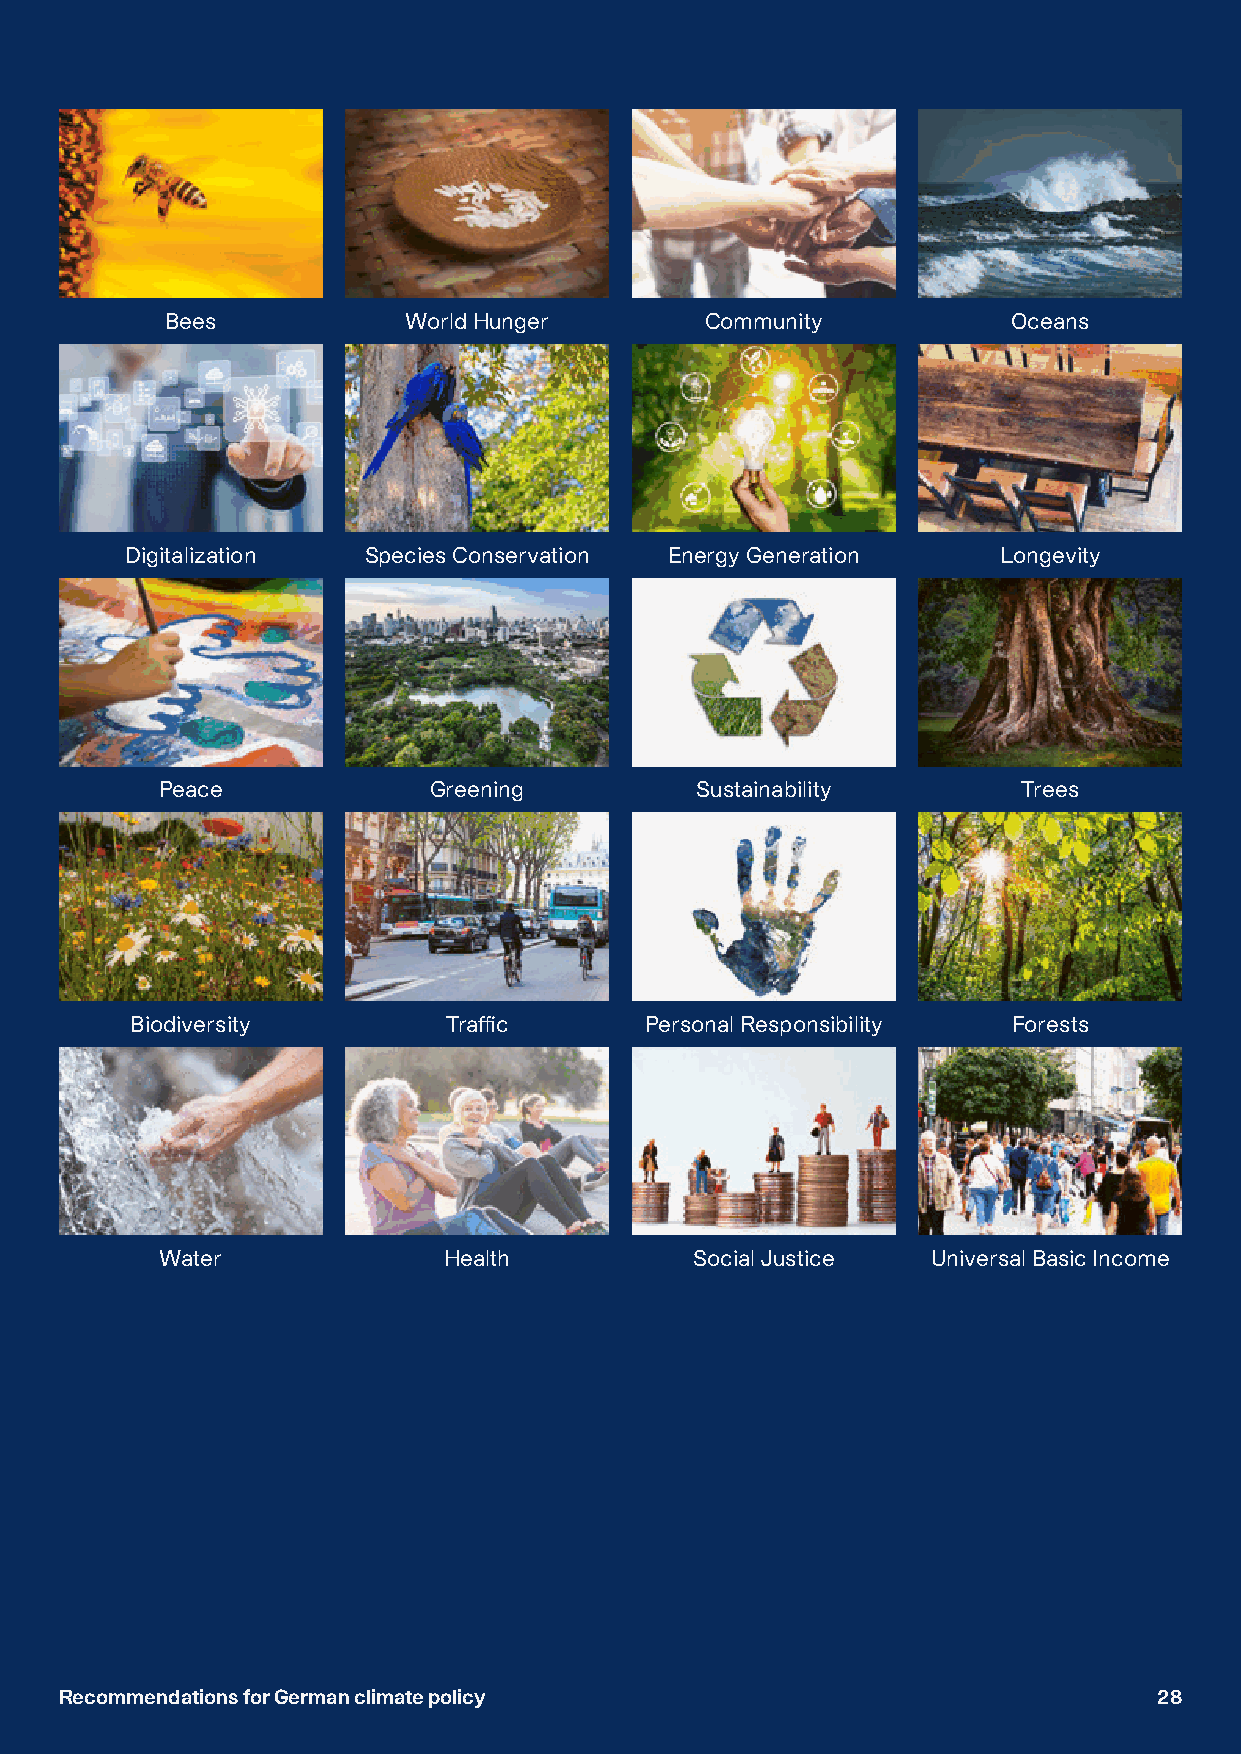
Bees            World Hunger        Community           Oceans
 Digitalization  Species Conservation Energy Generation    Longevity
 Peace             Greening          Sustainability        Trees
 Biodiversity        Traffic       Personal Responsibility Forests
 Water             Health           Social Justice  Universal Basic Income
 RReeccoommmmeennddaattiioonnss ffoorr GGeerrmmaann cclliimmaattee ppoolliiccyy 2288